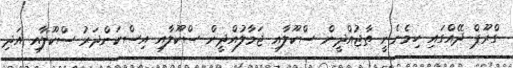
ގްރޫޕް ދޭއްގައި ހިމެނެނީ ތާޖުއްދީން ސްކޫލާއި ޖަމާލުއްދީން ސްކޫލާއި އިސްކަންދަރު ސްކޫލާއި އަދި